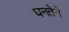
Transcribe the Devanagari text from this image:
घनतेने